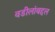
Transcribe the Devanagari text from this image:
वडीलांबद्दल